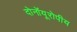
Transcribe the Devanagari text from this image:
दोनोंयूरोपीय